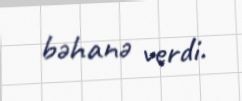
bəhanə verdi.